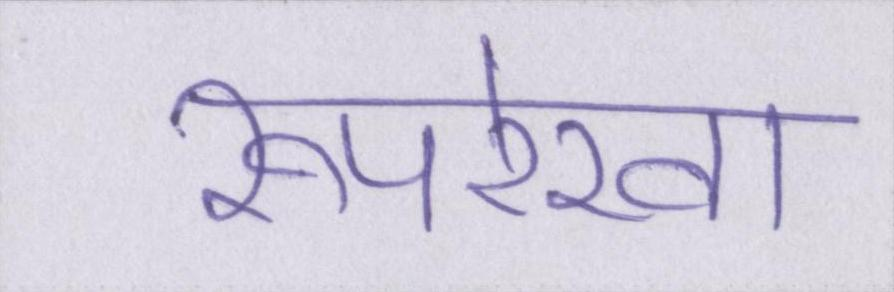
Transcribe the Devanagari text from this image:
रूपरेखा